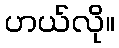
ဟယ်လို။